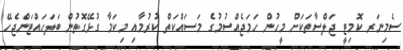
ސެމިނަރ ކޮމިޓީ ޖަލްސާތަކަށް މީހުން ހަމަޖެއްސުމުގެ މަސައްކަތް ކުރުމާއި މިކަމާ ގުޅޭގޮތުން ބަލަހައްޓަންޖެހޭ